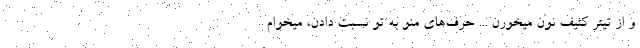
و از تیتر کثیف نون میخورن ... حرف‌های منو به تو نسبت دادن، میخوام